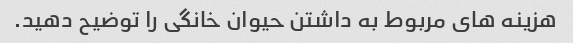
هزینه های مربوط به داشتن حیوان خانگی را توضیح دهید.